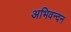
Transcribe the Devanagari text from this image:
अभिवन्दन